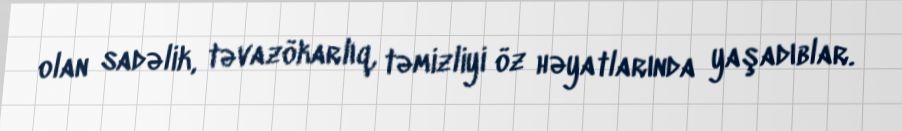
olan sadəlik, təvazökarlıq, təmizliyi öz həyatlarında yaşadıblar.